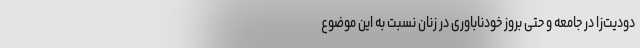
دودیت‌زا در جامعه و حتی بروز خودناباوری در زنان نسبت به این موضوع